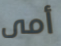
أمى